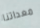
معداتنا